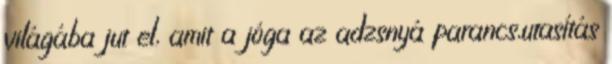
világába jut el, amit a jóga az adzsnyá parancs,utasítás